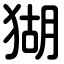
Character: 猢